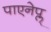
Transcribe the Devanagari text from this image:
पाएनेप्ल्